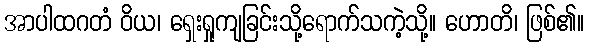
အာပါထဂတံ ဝိယ၊ ရှေးရှုကျခြင်းသို့ရောက်သကဲ့သို့။ ဟောတိ၊ ဖြစ်၏။